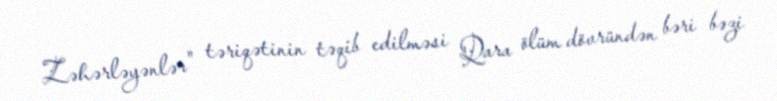
Zəhərləyənlər" təriqətinin təqib edilməsi Qara ölüm dövründən bəri bəzi